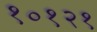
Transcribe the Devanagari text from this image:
१०१२१